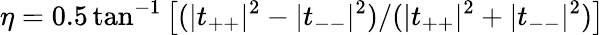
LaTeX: \eta=0.5\tan^{-1}\left[(|t_{++}|^{2}-|t_{--}|^{2})/(|t_{++}|^{2}+|t_{--}|^{2})\right]